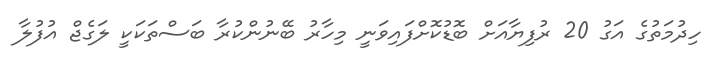
ހިދުމަތުގެ އަގު 20 ރުފިޔާއަށް ބޮޑުކޮށްފައިވަނީ މިހާރު ބޭނުންކުރާ ބަސްތަކަކީ ލަގެޖް އުފުލާ